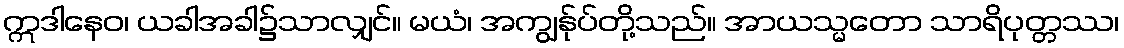
ဣဒါနေဝ၊ ယခါအခါ၌သာလျှင်။ မယံ၊ အကျွန်ုပ်တို့သည်။ အာယသ္မတော သာရိပုတ္တဿ၊